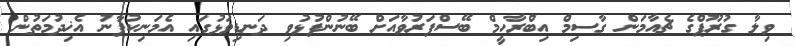
ވިލާ ގުރޫޕްގެ ޗެއާމަން ގާސިމް އިބްރާހީމް ބޭސްފަރުވާއަށް ބޭނުންފުޅުވި ދަނޑިވަޅުގައި އެމަނިކުފާނު އެޚިދުމަތުން